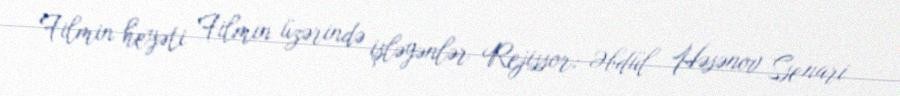
Filmin heyəti Filmin üzərində işləyənlər Rejissor: Əbdül Həsənov Ssenari